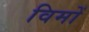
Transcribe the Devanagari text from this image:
विमों